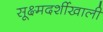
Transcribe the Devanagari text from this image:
सूक्ष्मदर्शीखाली